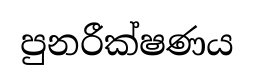
පුනරීක්ෂණය